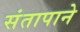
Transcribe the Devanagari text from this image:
संतापाने